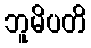
ဘူမိပတိ